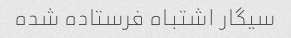
سیگار اشتباه فرستاده شده